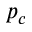
p _ { c }